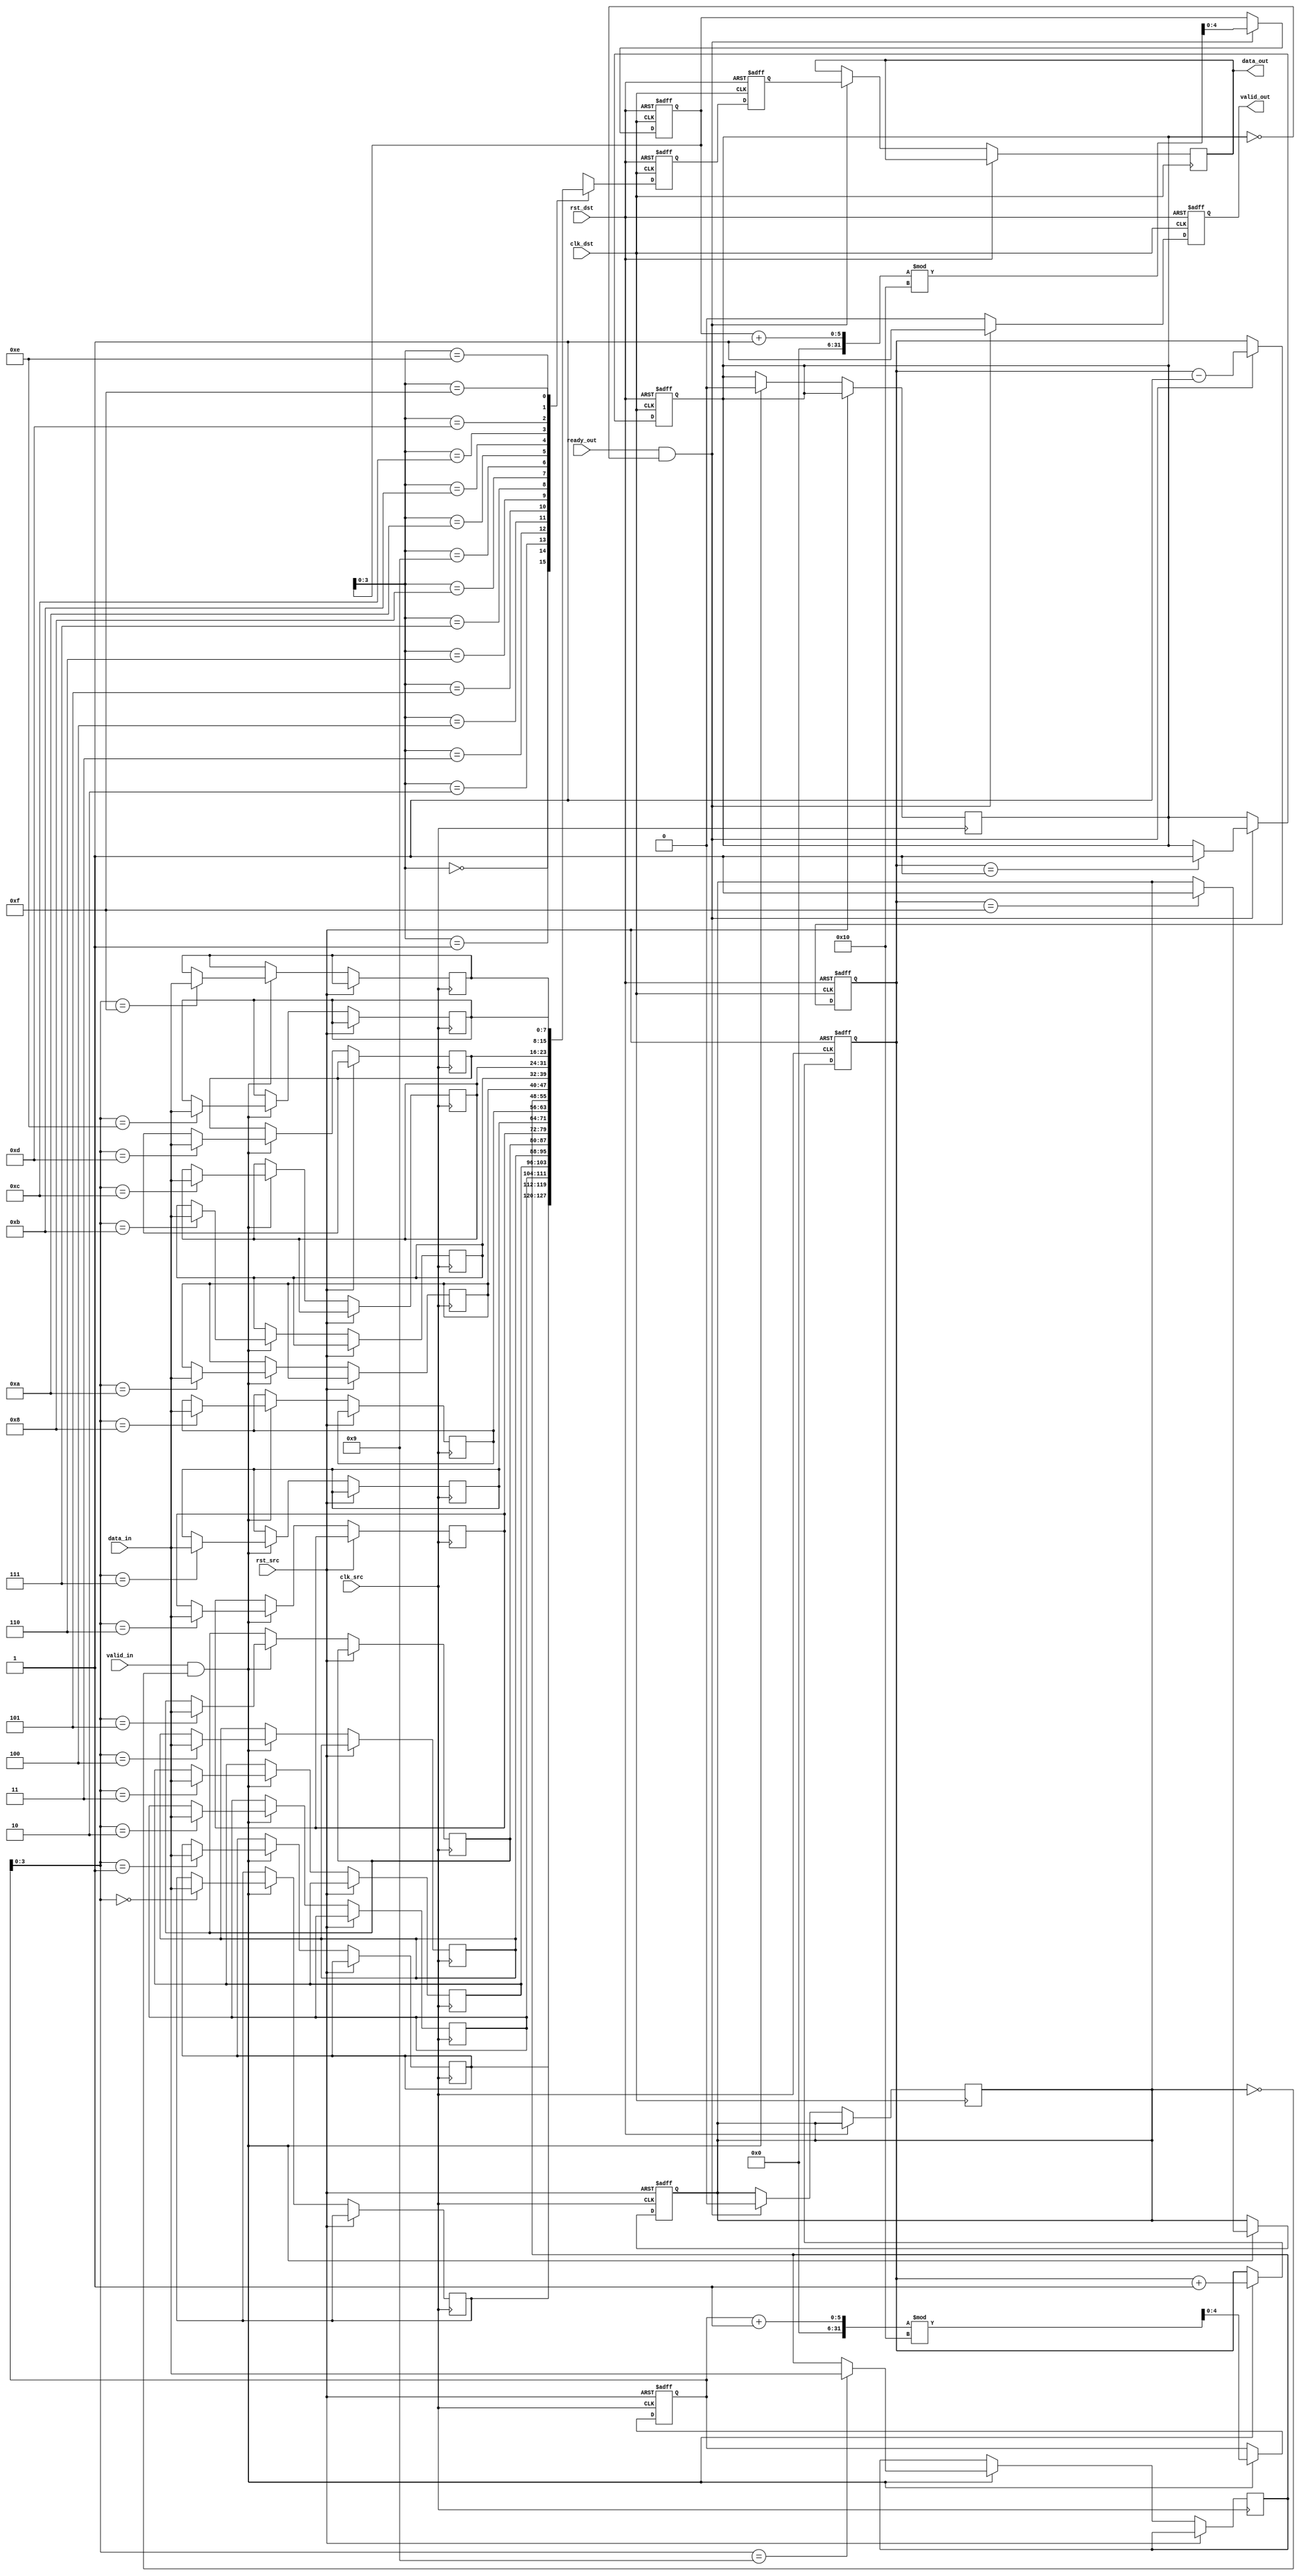
module MemoryBlocksPipelineSynchronizer #(
    parameter DATA_WIDTH = 8,
    parameter FIFO_DEPTH = 16
)(
    input wire clk_src,           // Source clock
    input wire clk_dst,           // Destination clock
    input wire rst_src,           // Reset for source domain
    input wire rst_dst,           // Reset for destination domain
    input wire [DATA_WIDTH-1:0] data_in, // Data input from source domain
    input wire valid_in,          // Valid signal for data input
    output wire [DATA_WIDTH-1:0] data_out, // Data output to destination domain
    output wire valid_out,        // Valid signal for data output
    input wire ready_out          // Ready signal from destination domain
);

    // FIFO buffer
    reg [DATA_WIDTH-1:0] fifo [FIFO_DEPTH-1:0];
    reg [4:0] wr_ptr, rd_ptr;      // Write and read pointers
    reg [4:0] fifo_count;          // Count of items in FIFO
    reg fifo_full, fifo_empty;

    initial begin
        wr_ptr = 0;
        rd_ptr = 0;
        fifo_count = 0;
        fifo_full = 0;
        fifo_empty = 1;
    end

    // Write to FIFO on clk_src
    always @(posedge clk_src or posedge rst_src) begin
        if (rst_src) begin
            wr_ptr <= 0;
            fifo_count <= 0;
            fifo_full <= 0;
        end else if (valid_in && !fifo_full) begin
            fifo[wr_ptr] <= data_in;
            wr_ptr <= (wr_ptr + 1) % FIFO_DEPTH;
            fifo_count <= fifo_count + 1;
            fifo_empty <= 0;
            if (fifo_count == FIFO_DEPTH - 1)
                fifo_full <= 1;
        end
    end

    // Dual Flip-Flop Synchronization
    reg [DATA_WIDTH-1:0] sync_ff1;
    reg [DATA_WIDTH-1:0] sync_ff2;
    
    always @(posedge clk_dst or posedge rst_dst) begin
        if (rst_dst) begin
            sync_ff1 <= 0;
            sync_ff2 <= 0;
        end else begin
            sync_ff1 <= fifo[rd_ptr];
            sync_ff2 <= sync_ff1;
        end
    end

    // Read from FIFO on clk_dst
    always @(posedge clk_dst or posedge rst_dst) begin
        if (rst_dst) begin
            rd_ptr <= 0;
            fifo_count <= 0;
            fifo_empty <= 1;
            valid_out <= 0;
        end else if (ready_out && !fifo_empty) begin
            data_out <= sync_ff2; // Output synchronized data
            valid_out <= 1;
            rd_ptr <= (rd_ptr + 1) % FIFO_DEPTH;
            fifo_count <= fifo_count - 1;
            if (fifo_count == 1) begin
                fifo_empty <= 1;
            end
            if (fifo_full) begin
                fifo_full <= 0;
            end
        end else begin
            valid_out <= 0;
        end
    end

endmodule